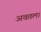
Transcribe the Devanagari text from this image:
अवतल।